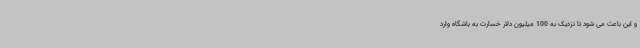
و این باعث می شود تا نزدیک به 100 میلیون دلار خسارت به باشگاه وارد